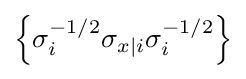
\left\{\sigma _{i}^{-1/2}\sigma _{x|i}\sigma _{i}^{-1/2}\right\}